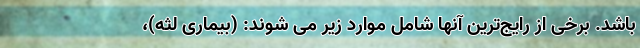
باشد. برخی از رایج‌ترین آنها شامل موارد زیر می شوند: (بیماری لثه)،